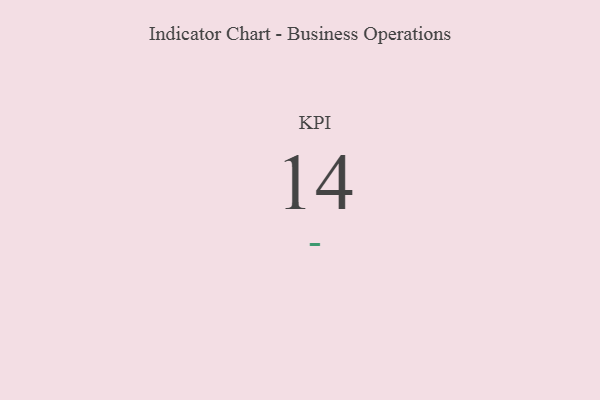
{"axis": {"x": "KPI", "y": "Value"}, "legend": [""], "data": [{"x": "KPI", "y": 14, "type": ""}]}